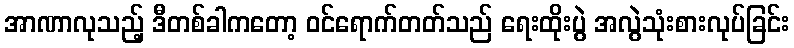
အာဏာလုသည့် ဒီတစ်ခါကတော့ ဝင်ရောက်တတ်သည် ရေးထိုးပွဲ အလွဲသုံးစားလုပ်ခြင်း